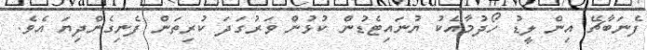
ފެނަބާޗޭ އިން ލީޑު ހޯދުމާއެކު ޔުނައިޓެޑުން ކުޅުން ވަރުގަދަ ކުރިތަން ފެނިގެންދިޔަ އެވެ.